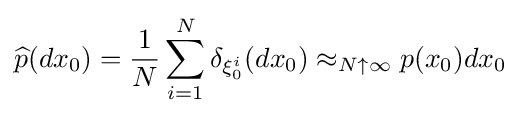
{\widehat {p}}(dx_{0})={\frac {1}{N}}\sum _{i=1}^{N}\delta _{\xi _{0}^{i}}(dx_{0})\approx _{N\uparrow \infty }p(x_{0})dx_{0}